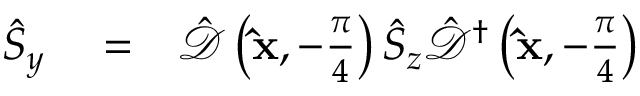
\begin{array} { r l r } { \hat { S } _ { y } } & { { } = } & { \hat { \mathcal { D } } \left( { \bf \hat { x } } , - \frac { \pi } { 4 } \right) \hat { S } _ { z } \hat { \mathcal { D } } ^ { \dagger } \left( { \bf \hat { x } } , - \frac { \pi } { 4 } \right) } \end{array}